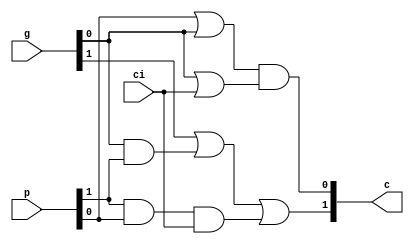
module cgu2 
(
  input [1:0] p, g,
  input ci,
  output [1:0] c
);
assign c[0] = (p[0] | g[0]) & (g[0] | ci);
assign c[1] = (g[1]) | (g[0] & p[1]) | (p[1] & p[0] & ci);

endmodule